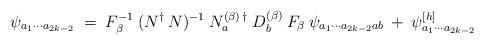
LaTeX: \begin{align*}\psi_{a_1 \cdots a_{2k-2}} \;=\; F_\beta^{-1} \:(N^\dagger\:N)^{-1} \:N_a^{(\beta) \:\dagger} \:D_b^{(\beta)} \:F_\beta\:\psi_{a_1\cdots a_{2k-2}a b}\:+\: \psi^{[h]}_{a_1 \cdots a_{2k-2}}\end{align*}